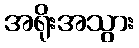
အရိုးအသွား